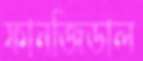
ফানজিডাল